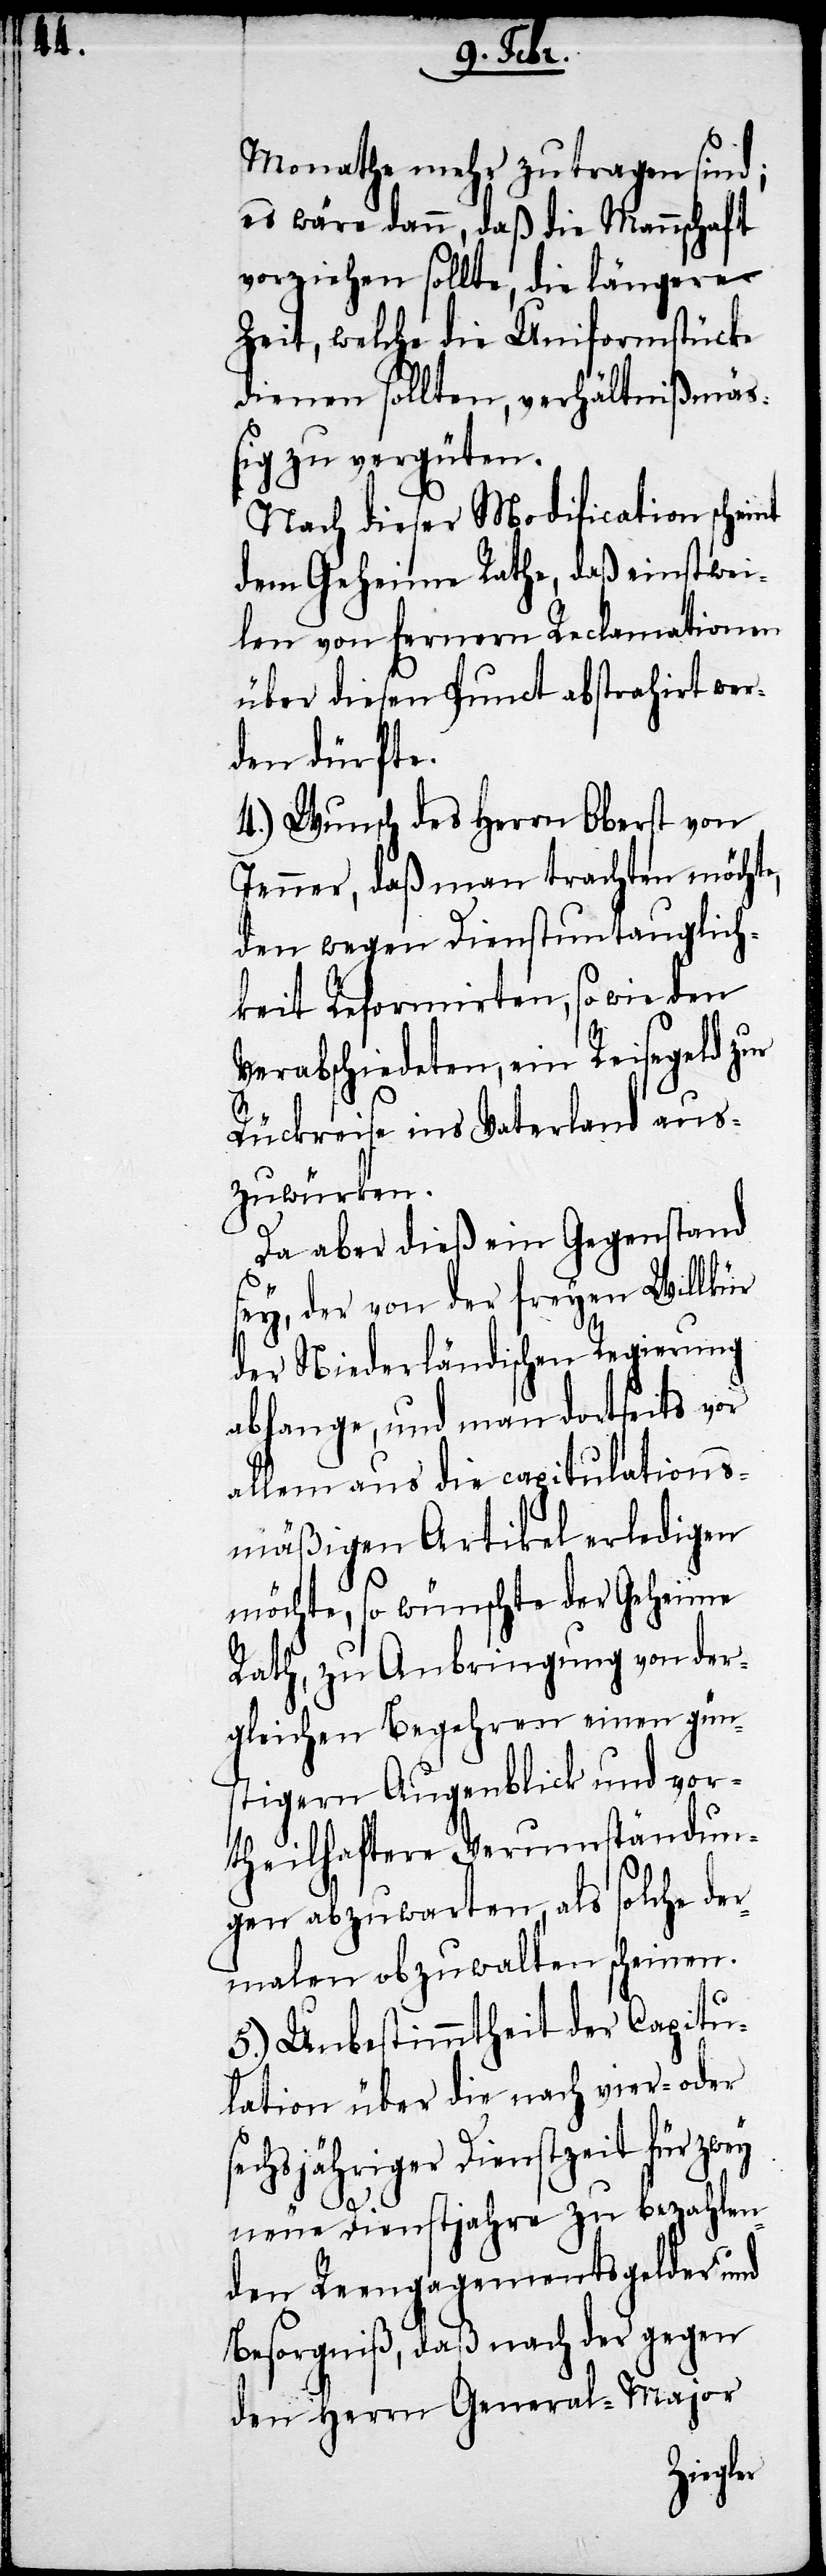
Monathe mehr zu tragen sind;
es wäre dann, daß die Mannschaft
vorziehen sollte, die längere
Zeit, welche die Uniformstücke
dienen sollten, verhältnißmäß¬
ig zu vergüten.
Nach dieser Modification scheint
dem Geheimen Rathe, daß einstwei¬
len von fernern Reclamationen
über diesen Punct abstrahirt wer¬
den dürfte.
4.) Wunsch des Herrn Oberst von
Jenner, daß man trachten möchte,
den wegen Dienstuntauglich¬
keit Reformirten, so wie den
Verabschiedeten, ein Reisegeld zur
Rückreise ins Vaterland aus¬
zuwürken.
Da aber dieß ein Gegenstand
sey, der von der freyen Willkür
der Niederländischen Regierung
abhange, und man dortseits vor
allem aus die capitulations¬
mäßigen Artikel erledigen
möchte, so wünschte der Geheime
Rath, zu Anbringung von der¬
gleichen Begehren einen gün¬
stigern Augenblick und vor¬
theilhaftere Verumständun¬
gen abzuwarten, als solche der¬
malen obzuwalten scheinen.
5.) Unbestimmtheit der Capitu¬
lation über die nach vier- oder
sechsjähriger Dienstzeit für zwey
neue Dienstjahre zu bezahlen¬
den Reengagementsgelder und
Besorgniß, daß nach der gegen
den Herrn General-Major